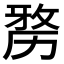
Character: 𠢐